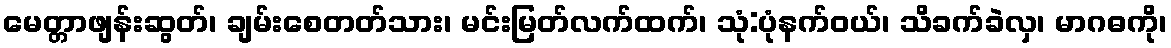
မေတ္တာဖျန်းဆွတ်၊ ချမ်းစေတတ်သား၊ မင်းမြတ်လက်ထက်၊ သုံ:ပုံနက်ဝယ်၊ သိခက်ခဲလှ၊ မာဂဓကို၊